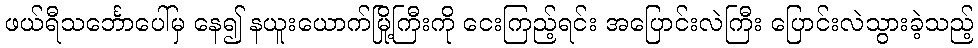
ဖယ်ရီသင်္ဘောပေါ်မှ နေ၍ နယူးယောက်မြို့ကြီးကို ငေးကြည့်ရင်း အပြောင်းလဲကြီး ပြောင်းလဲသွားခဲ့သည့်